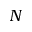
N